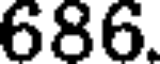
686.